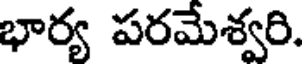
భార్య పరమేశ్వరి.